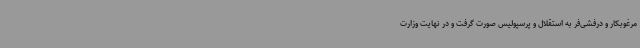
مرغوبکار و درفشی‌فر به استقلال و پرسپولیس صورت گرفت و در نهایت وزارت